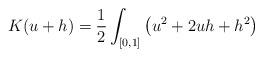
LaTeX: \begin{align*}K(u+h)=\frac{1}{2}\int_{[0,1]}\big(u^2+2u h +h^2 \big)\end{align*}